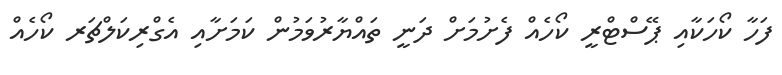
ފަހާ ކޯހަކާއި ޕޭސްޓްރީ ކޯހެއް ފެށުމަށް ދަނީ ތައްޔާރުވަމުން ކަމަށާއި އެގްރިކަލްޗަރ ކޯހެއް